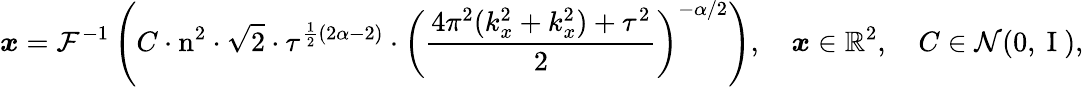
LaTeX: \boldsymbol{x}=\mathcal{F}^{-1}\left(C\cdot\mathrm{n}^{2}\cdot\sqrt{2}\cdot\tau^{\frac{1}{2}(2\alpha-2)}\cdot\left(\frac{4\pi^{2}(k_{x}^{2}+k_{x}^{2})+\tau^{2}}{2}\right)^{-\alpha/2}\right),\quad\boldsymbol{x}\in\mathbb{R}^{2},\quad C\in\mathcal{N}(0,\mathrm{~I~}),